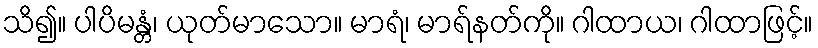
သိ၍။ ပါပိမန္တံ၊ ယုတ်မာသော။ မာရံ၊ မာရ်နတ်ကို။ ဂါထာယ၊ ဂါထာဖြင့်။